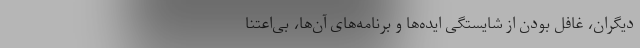
دیگران، غافل بودن از شایستگی ایده‌ها و برنامه‌های آن‌ها، بی‌اعتنا